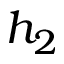
h _ { 2 }